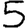
Digit: 5